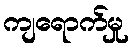
ကျရောက်မှု